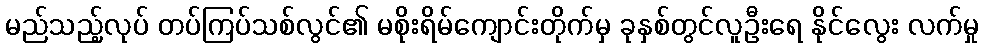
မည်သည့်လုပ် တပ်ကြပ်သစ်လွင်၏ မစိုးရိမ်ကျောင်းတိုက်မှ ခုနှစ်တွင်လူဦးရေ နိုင်လွေး လက်မှု